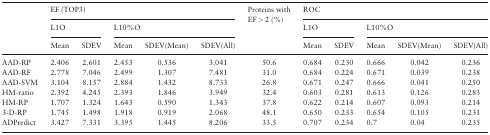
<table><thead><tr><td rowspan="3"></td><td colspan="5"><b>EF (TOP3)</b></td><td rowspan="3"><b>Proteins with EF &gt; 2 (%)</b></td><td colspan="5"><b>ROC</b></td></tr><tr><td colspan="2"><b>L1O</b></td><td colspan="3"><b>L10%O</b></td><td colspan="2"><b>L1O</b></td><td colspan="3"><b>L10%O</b></td></tr><tr><td><b>Mean</b></td><td><b>SDEV</b></td><td><b>Mean</b></td><td><b>SDEV(Mean)</b></td><td><b>SDEV(All)</b></td><td><b>Mean</b></td><td><b>SDEV</b></td><td><b>Mean</b></td><td><b>SDEV(Mean)</b></td><td><b>SDEV(All)</b></td></tr></thead><tbody><tr><td>AAD-RP</td><td>2.406</td><td>2.601</td><td>2.453</td><td>0.536</td><td>3.041</td><td>50.6</td><td>0.684</td><td>0.230</td><td>0.666</td><td>0.042</td><td>0.236</td></tr><tr><td>AAD-RF</td><td>2.778</td><td>7.046</td><td>2.499</td><td>1.307</td><td>7.481</td><td>31.0</td><td>0.684</td><td>0.224</td><td>0.671</td><td>0.039</td><td>0.238</td></tr><tr><td>AAD-SVM</td><td>3.104</td><td>8.157</td><td>2.884</td><td>1.432</td><td>8.733</td><td>26.8</td><td>0.671</td><td>0.247</td><td>0.666</td><td>0.041</td><td>0.250</td></tr><tr><td>HM-ratio</td><td>2.392</td><td>4.245</td><td>2.393</td><td>1.846</td><td>3.949</td><td>32.4</td><td>0.603</td><td>0.281</td><td>0.613</td><td>0.126</td><td>0.283</td></tr><tr><td>HM-RP</td><td>1.707</td><td>1.324</td><td>1.643</td><td>0.590</td><td>1.343</td><td>37.8</td><td>0.622</td><td>0.214</td><td>0.607</td><td>0.093</td><td>0.214</td></tr><tr><td>3-D-RP</td><td>1.745</td><td>1.498</td><td>1.918</td><td>0.919</td><td>2.068</td><td>48.1</td><td>0.650</td><td>0.233</td><td>0.654</td><td>0.105</td><td>0.231</td></tr><tr><td>ADPredict</td><td>3.427</td><td>7.331</td><td>3.395</td><td>1.445</td><td>8.206</td><td>33.5</td><td>0.707</td><td>0.234</td><td>0.7</td><td>0.04</td><td>0.235</td></tr></tbody></table>